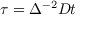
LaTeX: \tau = \Delta ^ { - 2 } D t